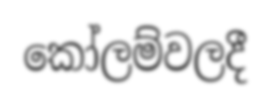
කෝලම්වලදී